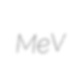
MeV